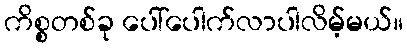
ကိစ္စတစ်ခု ပေါ်ပေါက်လာပါလိမ့်မယ်။